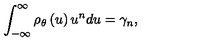
\int _ { - \infty } ^ { \infty } \rho _ { \theta } \left( u \right) u ^ { n } d u = \gamma _ { n } ,